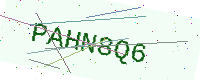
Text: PAHN8Q6